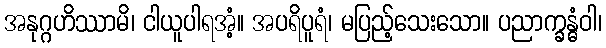
အနုဂ္ဂဟိဿာမိ၊ ငါယူပါရအံ့။ အပရိပူရံ၊ မပြည့်သေးသော။ ပညာက္ခန္ဓံဝါ၊